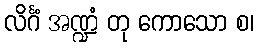
လိင်္ဂံ အဏ္ဍံ တု ကောသော စ၊